Vaccine operations Central Provinces & Berar 1912-1920 - 1912-1920
Year: 1912
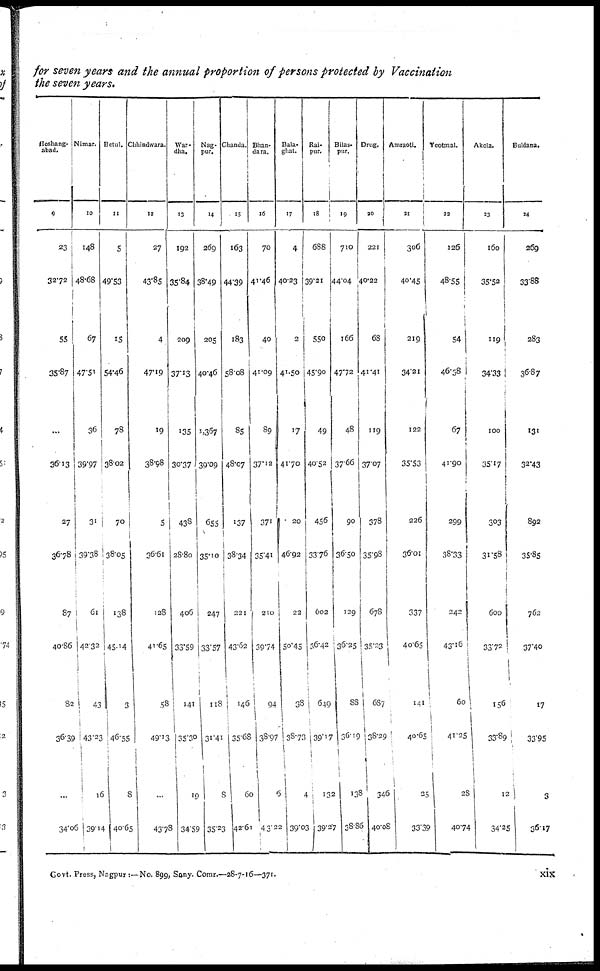
for seven years and the annual proportion of persons protected by Vaccination
the seven years.
Hoshang-
abad.
9
23
32.72
55
35.87
...
36.13
27
36.78
87
40.86
82
36.39
...
34.06
Nimar.
10
148
48.68
67
47.51
36
39.97
31
39.38
61
42.32
43
43.23
16
39.14
Betul.
11
5
49.53
15
54.46
78
38.02
70
38.05
138
45.14
3
46.55
8
40.65
Chhindwara.
12
27
43.85
4
47.19
19
38.98
5
36.61
128
41.65
58
49.13
...
43.78
War-
dha.
13
192
35.84
209
37.13
135
30.37
438
28.80
406
33.59
141
35.30
19
34.59
Nag-
pur.
14
269
38.49
205
40.46
1,367
39.09
655
35.10
247
33.57
118
31.41
8
35.23
Chanda.
15
163
44.39
183
58.08
85
48.07
137
38.34
221
43.62
146
35.68
60
42.61
Bhan-
dara.
16
70
41.46
40
41.09
89
37.12
371
35.41
210
39.74
94
38.97
6
43.22
Bala-
ghat.
17
4
40.23
2
41.50
17
41.70
20
46.92
22
50.45
38
38.73
4
39.03
Rai-
pur.
18
688
39.21
550
45.90
49
40.52
456
33.76
602
36.42
649
39.17
132
39.27
Bilas-
pur.
19
710
44.04
166
47.72
48
37.66
90
36.50
129
36.25
88
36.19
138
38.86
Drug.
20
221
40.22
68
41.41
119
37.07
378
35.98
678
35.23
687
38.29
346
40.08
Amraoti.
21
306
40.45
219
34.21
122
35.53
226
36.01
337
40.65
141
40.65
25
33.39
Yeotmal.
22
126
48.55
54
46.38
67
41.90
299
38.33
242
43.16
60
41.25
28
40.74
Akola.
23
160
35.52
119
34.33
100
35.17
303
31.58
600
33.72
156
33.89
12
34.25
Buldana.
24
269
33.88
283
36.87
131
32.43
892
35.85
762
37.40
17
33.95
3
36.17
Govt. Press, Nagpur:—No. 899, Sany. Comr.—28-7-16—371.
xix